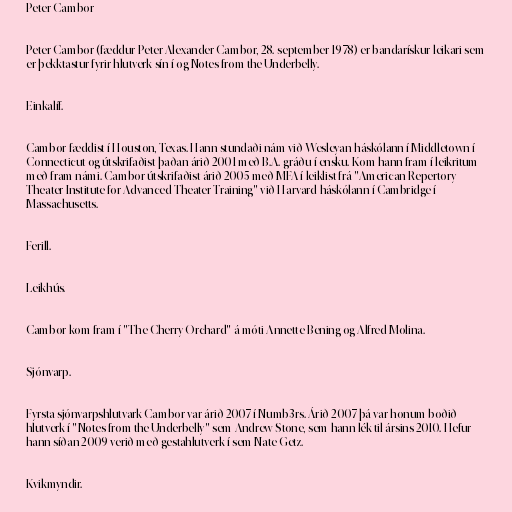
Peter Cambor

Peter Cambor (fæddur Peter Alexander Cambor, 28. september 1978) er bandarískur leikari sem
er þekktastur fyrir hlutverk sín í og Notes from the Underbelly.

Einkalíf.

Cambor fæddist í Houston, Texas. Hann stundaði nám við Wesleyan-háskólann í Middletown í
Connecticut og útskrifaðist þaðan árið 2001 með B.A. gráðu í ensku. Kom hann fram í leikritum
með fram námi. Cambor útskrifaðist árið 2005 með MFA í leiklist frá "American Repertory
Theater Institute for Advanced Theater Training" við Harvard-háskólann í Cambridge í
Massachusetts.

Ferill.

Leikhús.

Cambor kom fram í "The Cherry Orchard" á móti Annette Bening og Alfred Molina.

Sjónvarp.

Fyrsta sjónvarpshlutvark Cambor var árið 2007 í Numb3rs. Árið 2007 þá var honum boðið
hlutverk í "Notes from the Underbelly" sem Andrew Stone, sem hann lék til ársins 2010. Hefur
hann síðan 2009 verið með gestahlutverk í sem Nate Getz.

Kvikmyndir.